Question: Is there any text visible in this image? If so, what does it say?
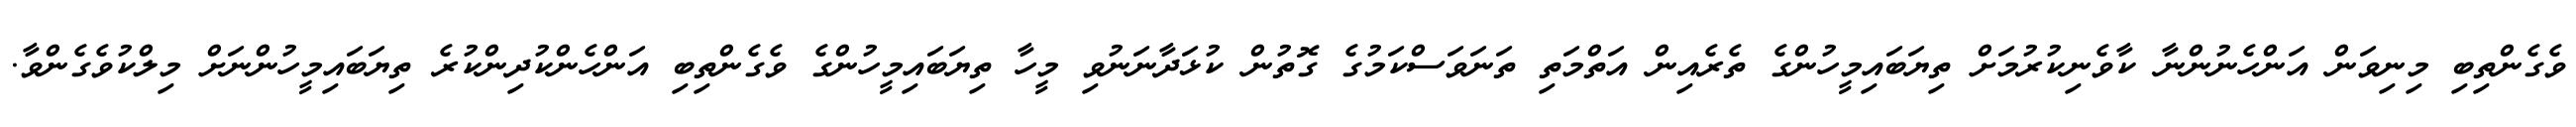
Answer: ވެގެންތިބި މިނިވަން އަންހެނުންނާ ކާވެނިކުރުމަށް ތިޔަބައިމީހުންގެ ތެރެއިން އަތްމަތި ތަނަވަސްކަމުގެ ގޮތުން ކުޅަދާނަނުވި މީހާ ތިޔަބައިމީހުންގެ ވެގެންތިބި އަންހެންކުދިންކުރެ ތިޔަބައިމީހުންނަށް މިލްކުވެގެންވާ.